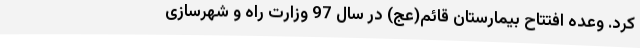
کرد. وعده افتتاح بیمارستان قائم(عج) در سال 97 وزارت راه و شهرسازی